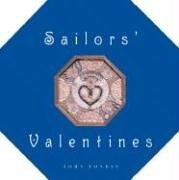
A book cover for Sailors' Valentines; John Fondas; Crafts, Hobbies & Home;